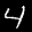
Label: 4